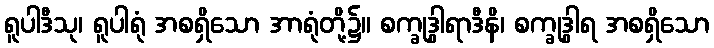
ရူပါဒီသု၊ ရူပါရုံ အစရှိသော အာရုံတို့၌။ စက္ခုဒွါရာဒီနိ၊ စက္ခုဒွါရ အစရှိသော